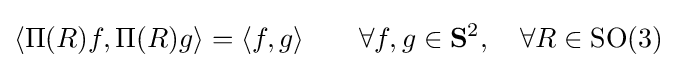
\langle \Pi (R)f,\Pi (R)g\rangle =\langle f,g\rangle \qquad \forall f,g\in \mathbf {S} ^{2},\quad \forall R\in \operatorname {SO} (3)